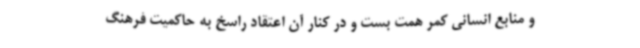
و منابع انسانی کمر همت بست و در کنار آن اعتقاد راسخ به حاکمیت فرهنگ